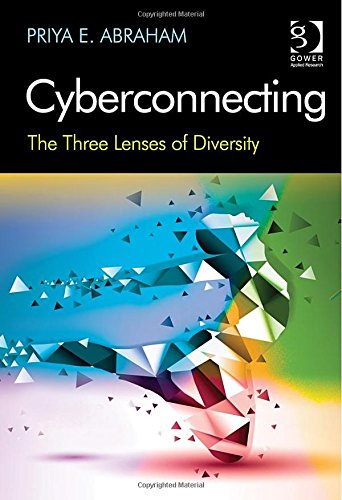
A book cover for Cyberconnecting: The Three Lenses of Diversity; Priya E. Abraham; Business & Money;